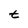
Character: t